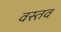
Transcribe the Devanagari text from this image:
वस्तव